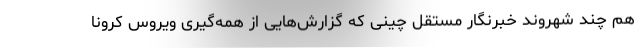
هم چند شهروند خبرنگار مستقل چینی که گزارش‌هایی از همه‌گیری ویروس کرونا